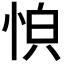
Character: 𫺏